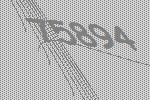
75894